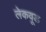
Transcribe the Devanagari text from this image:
लेकवूड